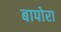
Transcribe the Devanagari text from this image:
बापोरा